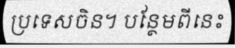
ប្រទេសចិន។ បន្ថែមពីនេះ